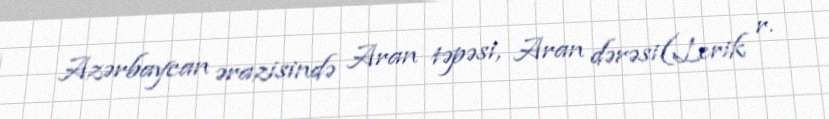
Azərbaycan ərazisində Aran təpəsi, Aran dərəsi(Lerik r.